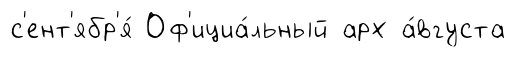
с'ент'ябр'я́ Оф'ициа́льный арх а́вгуста